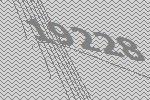
19228